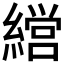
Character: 𮉇